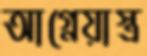
আগ্নেয়াস্ত্র